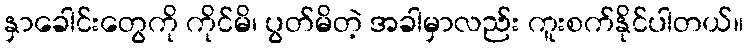
နှာခေါင်းတွေကို ကိုင်မိ၊ ပွတ်မိတဲ့ အခါမှာလည်း ကူးစက်နိုင်ပါတယ်။